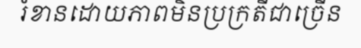
រំខានដោយភាពមិនប្រក្រតីជាច្រើន